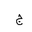
Letter: _gim